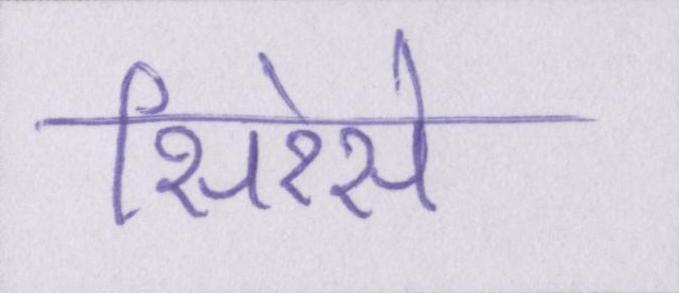
सिरेसे